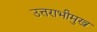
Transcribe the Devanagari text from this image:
उत्तराभीमुख